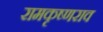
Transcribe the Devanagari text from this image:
रामकृष्णराव